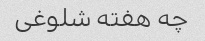
چه هفته شلوغی